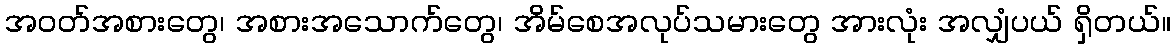
အဝတ်အစားတွေ၊ အစားအသောက်တွေ၊ အိမ်စေအလုပ်သမားတွေ အားလုံး အလျှံပယ် ရှိတယ်။